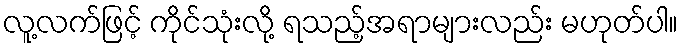
လူ့လက်ဖြင့် ကိုင်သုံးလို့ ရသည့်အရာများလည်း မဟုတ်ပါ။